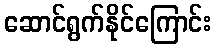
ဆောင်ရွက်နိုင်ကြောင်း